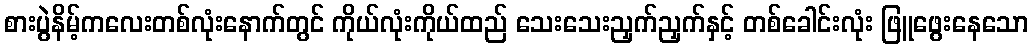
စားပွဲနိမ့်ကလေးတစ်လုံးနောက်တွင် ကိုယ်လုံးကိုယ်ထည် သေးသေးညှက်ညှက်နှင့် တစ်ခေါင်းလုံး ဖြူဖွေးနေသော